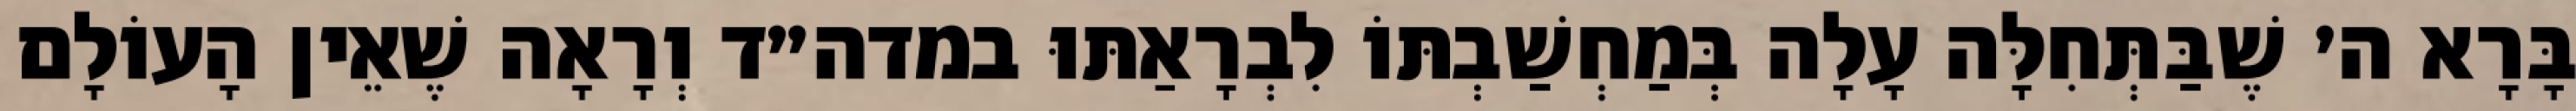
בָּרָא ה׳ שֶׁבַּתְּחִלָּה עָלָה בְּמַחְשַׁבְתּוֹ לִבְרָאַתּוּ במדה״ד וְרָאָה שֶׁאֵין הָעוֹלָם